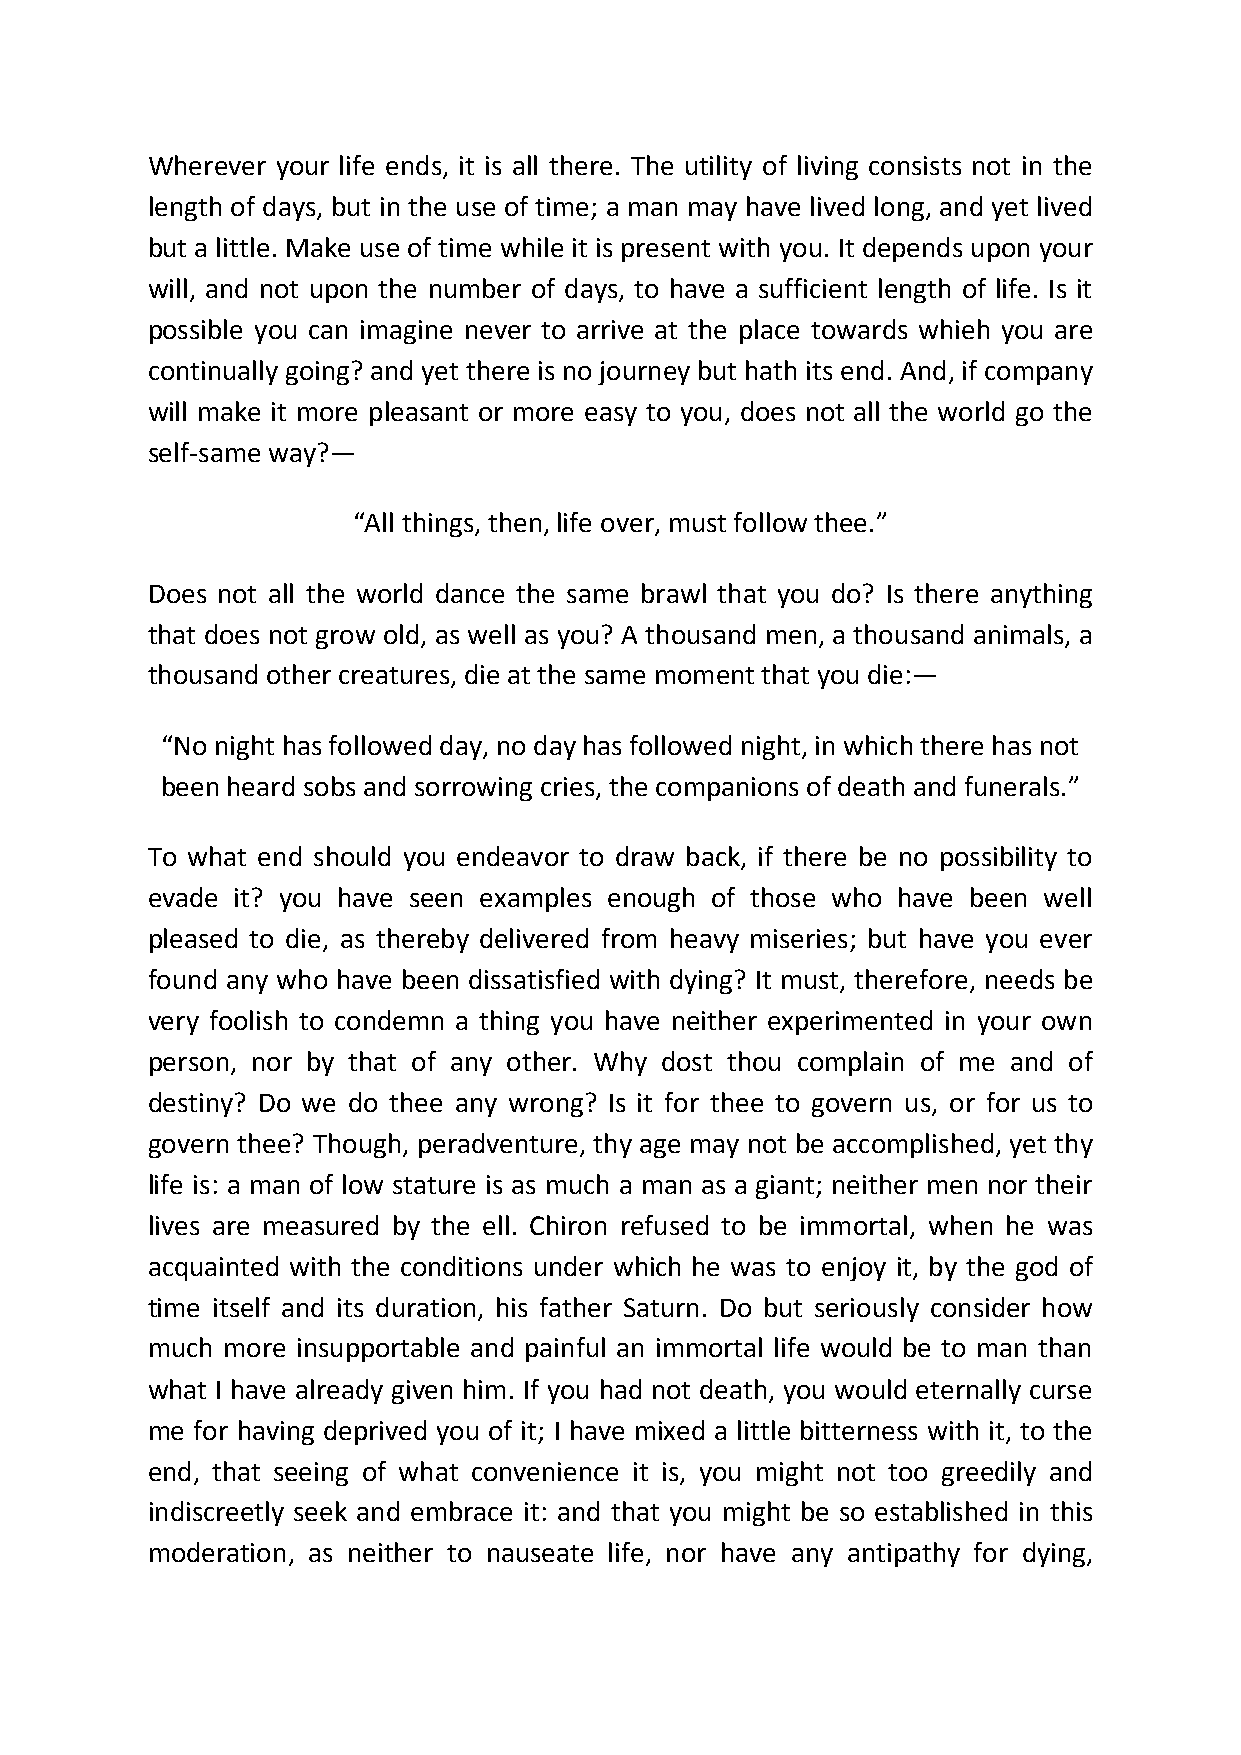
Wherever your life ends, it is all there. The utility of living consists not in the
 length of days, but in the use of time; a man may have lived long, and yet lived
 but a little. Make use of time while it is present with you. It depends upon your
 will, and not upon the number of days, to have a sufficient length of life. Is it
 possible you can imagine never to arrive at the place towards whieh you are
 continually going? and yet there is no journey but hath its end. And, if company
 will make it more pleasant or more easy to you, does not all the world go the
 self-same way?—
 “All things, then, life over, must follow thee.”
 Does not all the world dance the same brawl that you do? Is there anything
 that does not grow old, as well as you? A thousand men, a thousand animals, a
 thousand other creatures, die at the same moment that you die:—
 “No night has followed day, no day has followed night, in which there has not
 been heard sobs and sorrowing cries, the companions of death and funerals.”
 To what end should you endeavor to draw back, if there be no possibility to
 evade it? you have seen examples enough of those who have been well
 pleased to die, as thereby delivered from heavy miseries; but have you ever
 found any who have been dissatisfied with dying? It must, therefore, needs be
 very foolish to condemn a thing you have neither experimented in your own
 person, nor by that of any other. Why dost thou complain of me and of
 destiny? Do we do thee any wrong? Is it for thee to govern us, or for us to
 govern thee? Though, peradventure, thy age may not be accomplished, yet thy
 life is: a man of low stature is as much a man as a giant; neither men nor their
 lives are measured by the ell. Chiron refused to be immortal, when he was
 acquainted with the conditions under which he was to enjoy it, by the god of
 time itself and its duration, his father Saturn. Do but seriously consider how
 much more insupportable and painful an immortal life would be to man than
 what I have already given him. If you had not death, you would eternally curse
 me for having deprived you of it; I have mixed a little bitterness with it, to the
 end, that seeing of what convenience it is, you might not too greedily and
 indiscreetly seek and embrace it: and that you might be so established in this
 moderation, as neither to nauseate life, nor have any antipathy for dying,